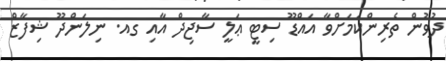
ދުވުން ތެރިންކަމަށްވާ އައްޑޫ ސިޓީ ޢަލީ ސާޖިދް އާއި ގއ. ނިލަންދޫ ޝިފާޒް